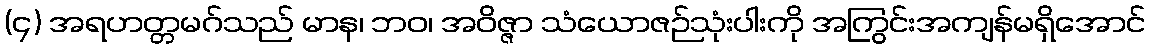
(၄) အရဟတ္တမဂ်သည် မာန၊ ဘဝ၊ အဝိဇ္ဇာ သံယောဇဉ်သုံးပါးကို အကြွင်းအကျန်မရှိအောင်